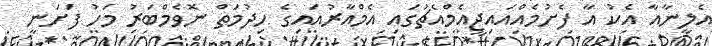
އެލީނާއާ އެކު އާ ފެށުމެއްއައިޖީއެމްއެޗުގައި އެމްއާރުއައިގެ ހިދުމަތް ނޮވެމްބަރު މަހު ފަށަނީ